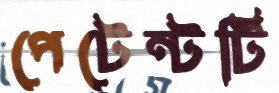
পেটেন্টটি